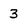
Character: 3